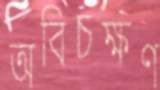
অবিচক্ষণ